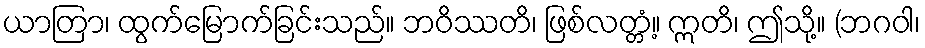
ယာတြာ၊ ထွက်မြောက်ခြင်းသည်။ ဘဝိဿတိ၊ ဖြစ်လတ္တံ့။ ဣတိ၊ ဤသို့။ (ဘဂဝါ၊